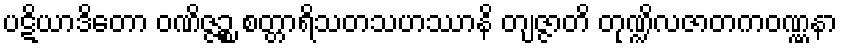
ပဋိယာဒိတော ဝဏိဇ္ဇဉ္စ စတ္တာရိသတသဟဿာနိ တျဇ္ဇာတိ တုဏ္ဍိလဇာတကဝဏ္ဏနာ